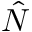
\hat { N }